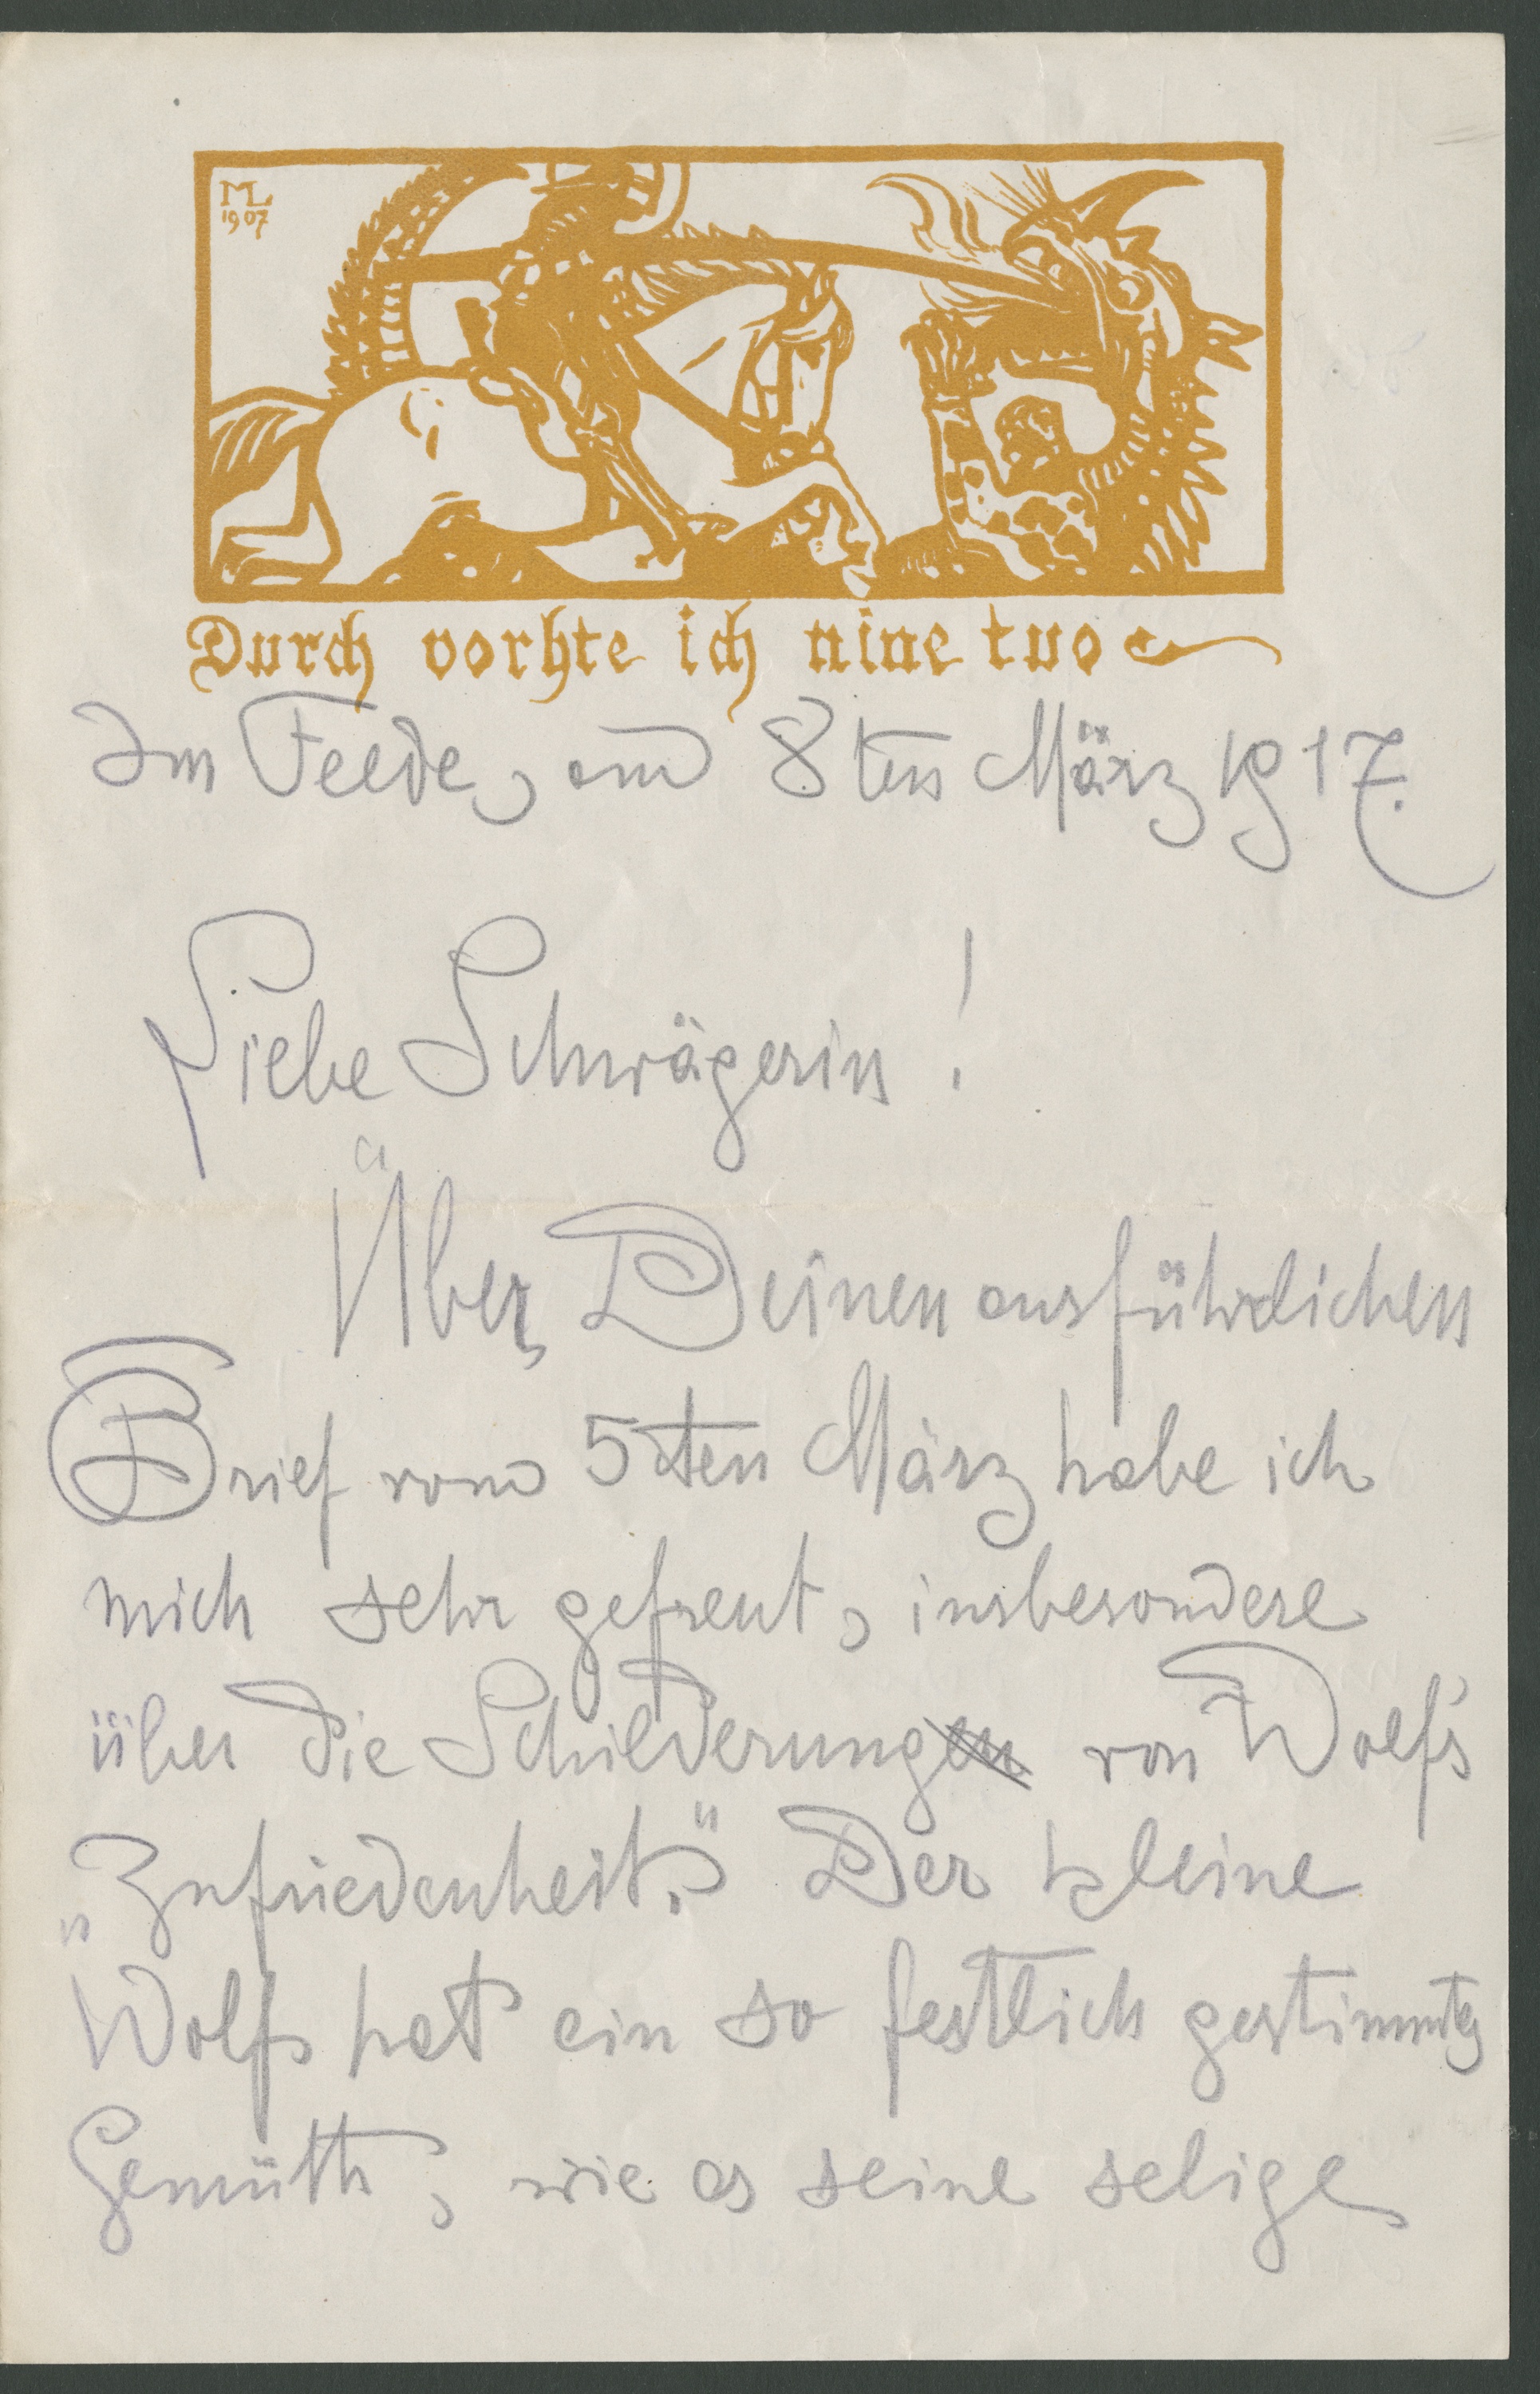
Durch vorhte ich nine tuo
Im Felde, am 8ten März 1917
Liebe Schwägerin!
Über Deinen ausführlichen Brief
vom 5ten März habe ich
mich sehr erfreut, insbesondere
über die Schilderung von Wolf's
"Zufriedenheit." Der kleine
Wolf hat ein so festlich gestimmtes
Gemüth, wie es seine selige